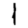
Digit: 1